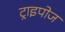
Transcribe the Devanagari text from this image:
ट्राइपोज